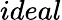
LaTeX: ideal